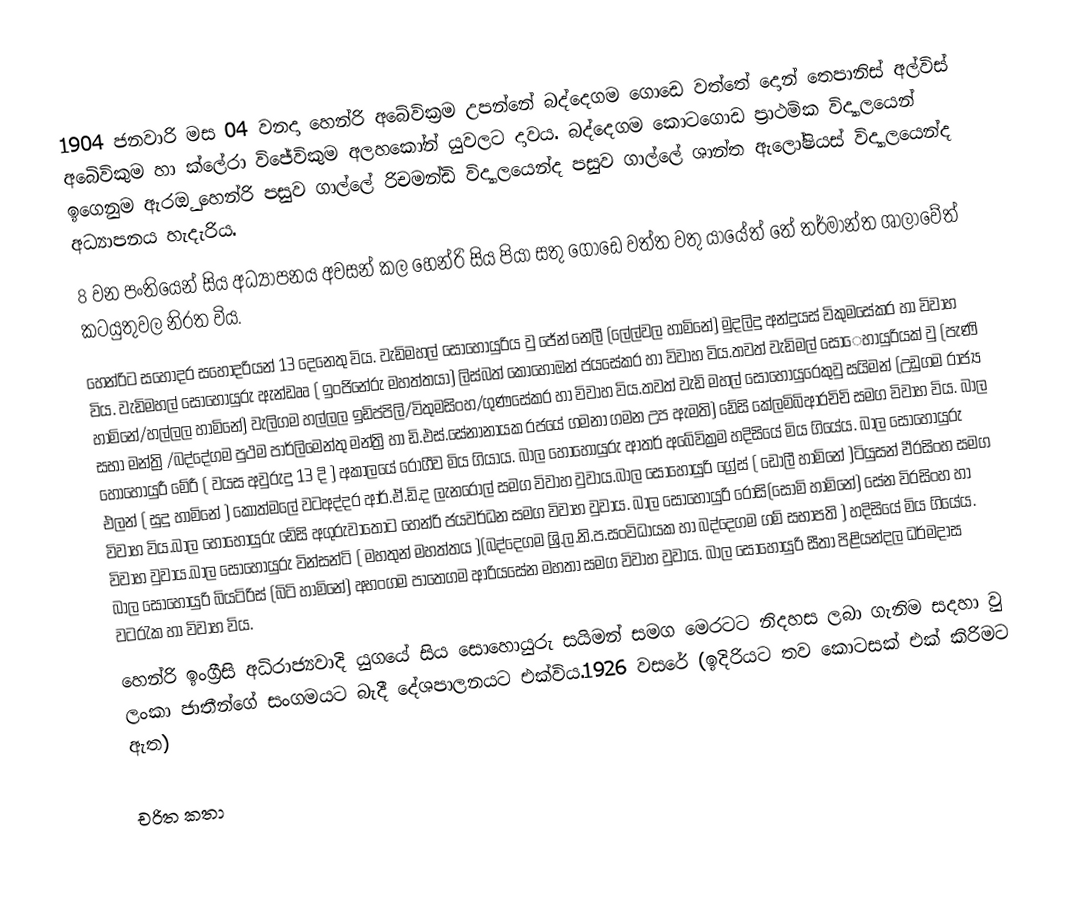
1904 ජනවාරි මස 04 වනදා හෙන්රි අබේවික්‍රම උපන්නේ බද්දෙගම ගොඩෙ වත්තේ දොන් තෙපානිස් අල්විස් අබෙිවිකුම හා ක්ලේරා විජේවිකුම අලහකෝන් යුවලට දාවය. බද්දෙගම කොටගොඩ ප්‍රාථමික විද්‍යාලයෙන් ඉගෙනුම ඇරඔු හෙන්රි පසුව ගාල්ලේ රිචමන්ඩි විද්‍යාලයෙන්ද පසුව ගාල්ලේ ශාන්ත ඇලෝෂියස්  විද්‍යාලයෙන්ද අධ්‍යාපනය හැදැරිය.
8 වන පංතියෙන් සිය අධ්‍යාපනය අවසන් කල හෙන්රි සිය පියා සතු ගොඩෙ වත්ත වතු යායේත් තේ තර්මාන්ත ශාලාවේත් කටයුතුවල නිරත විය.
හෙන්රිට සහෝදර සහෝදරියන් 13 දෙනෙතු විය. වැඩිමහල් සොහොයුරිය වු ජේන් නෙලී (ලේල්වල හාමිනේ) මුදලිදු අන්දුයස් විකුමසේකර හා විවාහ විය. වැඩිමහල් සොහොයුරු ඇන්ඩෲ ( ඉංජිනේරු මහත්තයා) ලිස්බත් කොහොඔන් ජයසේකර හා විවාහ විය.තවත් ‍වැඩිමල් සො‍ෙහායුරියක් වු (පැණි හාමිනේ/හල්ලල හාමිනේ) වැලිගම හල්ලල  ඉඩිප්පිලි/විතුමසිංහ/ගුණසේකර හා විවාහ විය.තවත් වැඩි මහල් සොහොයුරෙකුවු සයිමන් (උඩුගම රාජ්‍ය සභා මන්ත්‍රි /බද්දේගම පුථම පාර්ලිමෙන්තු මන්ත්‍රි හා ඩි.එස්.සේනානායක රජයේ ගමනා ගමන උප ඇමති) ඩේසි කේලමිබිආරචිචි සමග විවාහ විය. බාල හොහොයුරී මේරී ( වයස අවුරුදු 13 දි ) අකාලයේ රෝගීව මිය ගියාය. බාල හොහොයුරු ආතර් අබේවික්‍රම හදිසියේ මිය ගියේය. බාල සොහොයුරු එලන් ( සුදු හාමිනේ ) කොත්මලේ වටඅද්දර ආර්.ඒ.ඩි.ද ලැනරෝල් සමග විවාහ වුවාය.බාල සොහොයුරි ග්‍රේස් ( ඩොලී හාමිනේ )ටියුසන් වීරසිංහ සමග විවාහ විය.බාල හොහොයුරු ඩේසි අගුරුවාතොට හෙන්රි ජයවර්ධන සමග විවාහ වුවාය. බාල සොහොයුරි රෝසි(සොමි හාමිනේ) සේන විරසිංහ හා විවාහ වුවාය.බාල සොහොයුරු වින්සන්ටි ( මහතුන් මහත්තය )(බද්දෙගම ශ්‍රි.ල.නි.ප.සංවිධායක හා බද්දෙගම ගම් සභාපති ) හදිසියේ මිය ගියේය. බාල සොහොයුරි බියටිරිස් (බිටි හාමිනේ) අහංගම පාතෙගම ආරියසේන මහතා සමග විවාහ වුවාය. බාල සොහොයුරි සීතා පිළියන්දල ධර්මදාස වටරැක හා විවාහ විය.
හෙන්රි ඉංග්‍රීසි අධිරාජ්‍යවාදි යුගයේ සිය සොහොයුරු සයිමන් සමග මෙරටට නිදහස ලබා ගැනිම සදහා වු ලංකා ජාතීන්ගේ සංගමයට බැදී දේශපාලනයට එක්විය.1926 වසරේ (ඉදිරියට තව කොටසක් එක් කිරිමට ඇත)

චරිත කතා